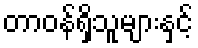
တာဝန်ရှိသူများနှင့်